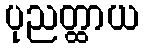
ပုညတ္ထာယ